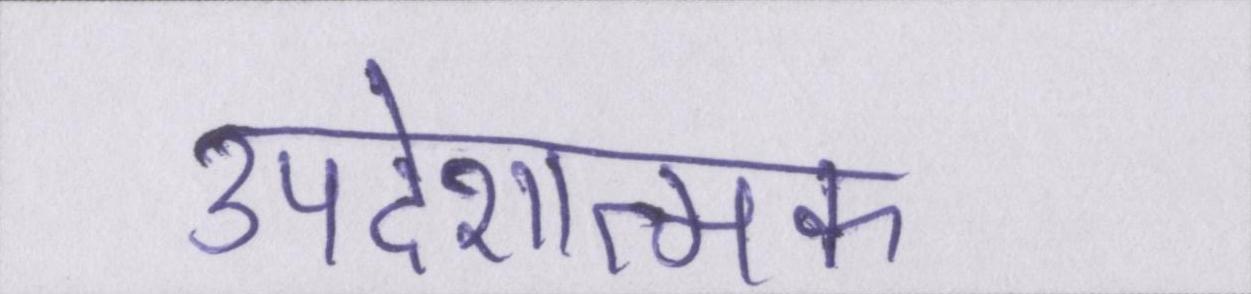
उपदेशात्मक